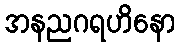
အနညဂရဟိနော